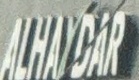
ALHAYDAR